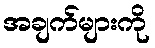
အချက်များကို